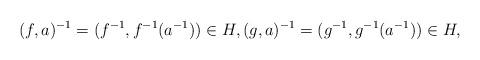
LaTeX: \begin{align*}(f,a)^{-1}=(f^{-1},f^{-1}(a^{-1}))\in H,(g,a)^{-1}=(g^{-1},g^{-1}(a^{-1}))\in H, \end{align*}